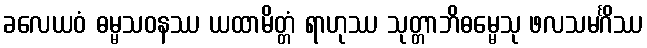
ခလေယဝံ ဓမ္မသဝနဿ ယထာမိတ္တံ ရာဟုဿ သုတ္တာဘိဓမ္မေသု ဖလသမင်္ဂိဿ